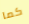
كما